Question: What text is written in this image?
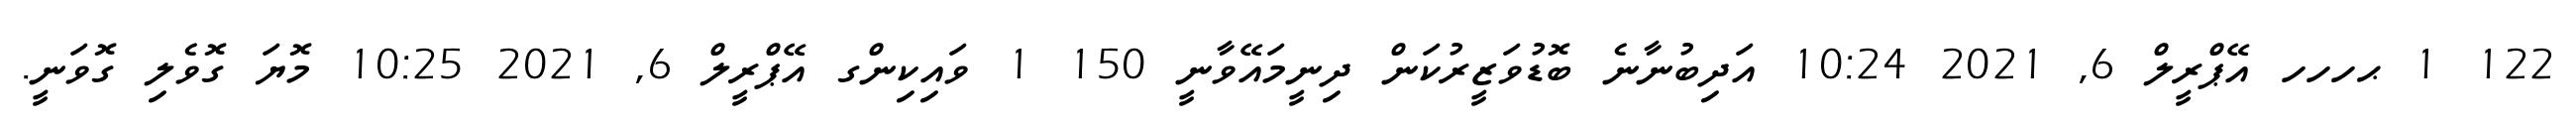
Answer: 122 1 ޙހހހ އޭޕްރީލް 6, 2021 10:24 އަދިބުނާނެ ބޮޑުވަޒީރުކަން ދިނީމައޭވާނީ 150 1 ވައިކިންގ އޭޕްރީލް 6, 2021 10:25 މޮޔަ ގޮވެލި ގޮވަނީ.